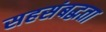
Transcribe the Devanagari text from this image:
सहसंबद्धता